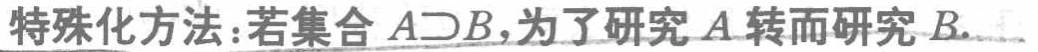
特殊化方法：若集合 \(A\supset B\)，为了研究 \(A\) 转而研究 \(B\).